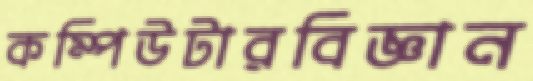
কম্পিউটারবিজ্ঞান